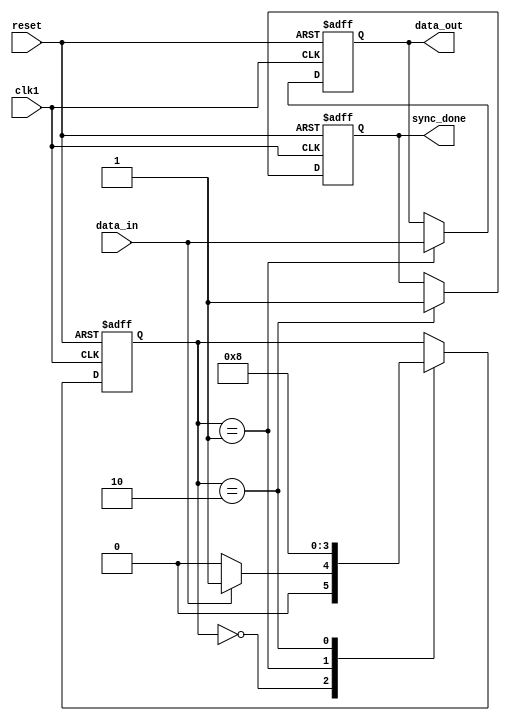
module synchronizer (
    input wire clk1, // clock signal for source clock domain
    input wire reset, // reset signal
    input wire data_in, // input data signal
    output reg data_out, // output data signal
    output reg sync_done // synchronization done signal
);

reg [1:0] state; // state variable for handshaking logic

always @ (posedge clk1 or posedge reset) begin
    if (reset) begin // reset state
        state <= 2'b00;
        data_out <= 1'b0;
        sync_done <= 1'b0;
    end else begin
        case (state)
            2'b00: begin // idle state
                if (data_in) begin
                    state <= 2'b01; // transition to capture state
                end else begin
                    state <= 2'b00;
                end
            end
            2'b01: begin // capture state
                data_out <= data_in; // transfer data to another clock domain
                state <= 2'b10; // transition to transfer state
            end
            2'b10: begin // transfer state
                sync_done <= 1'b1; // signal synchronization done
                state <= 2'b00; // transition back to idle state
            end
        endcase
    end
end

endmodule